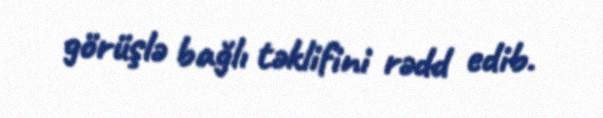
görüşlə bağlı təklifini rədd edib.